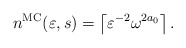
\begin{align*}n^{\mathrm{MC}}(\varepsilon,s)=\left\lceil \varepsilon^{-2} \omega^{2a_0}\right\rceil.\end{align*}